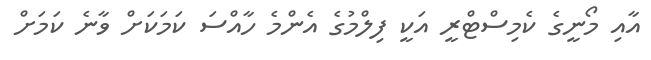
އާއި މޯނީގެ ކެމިސްޓްރީ އަކީ ފިލްމުގެ އެންމެ ހާއްސަ ކަމަކަށް ވާނެ ކަމަށް